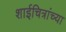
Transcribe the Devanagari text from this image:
शाईचित्रांच्या